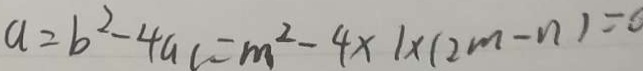
a = b ^ { 2 } - 4 a c = m ^ { 2 } - 4 \times 1 \times ( 2 m - n ) = 0